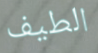
الطيف